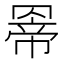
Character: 𮊊